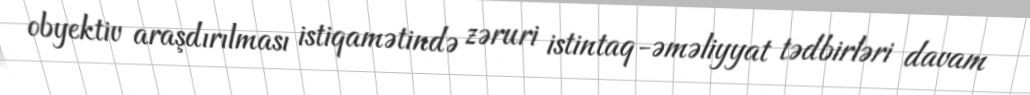
obyektiv araşdırılması istiqamətində zəruri istintaq-əməliyyat tədbirləri davam